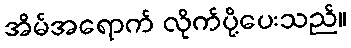
အိမ်အရောက် လိုက်ပို့ပေးသည်။